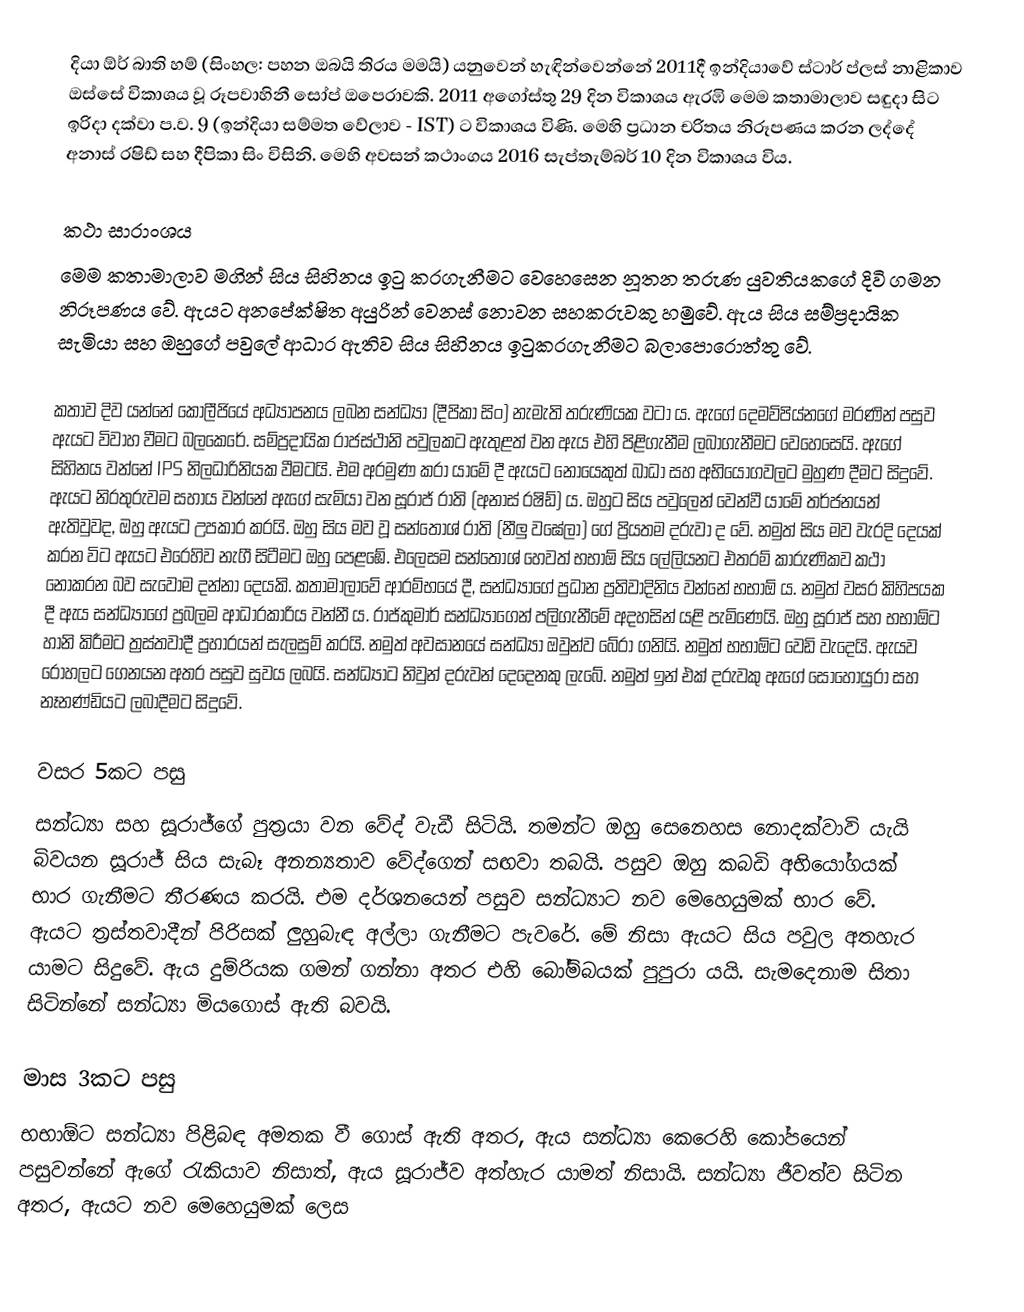
දියා ඕර් බාති හම් (සිංහල: පහන ඔබයි තිරය මමයි) යනුවෙන් හැඳින්වෙන්නේ 2011දී ඉන්දියාවේ ස්ටාර් ප්ලස් නාළිකාව ඔස්සේ විකාශය වූ රූපවාහිනී සෝප් ඔපෙරාවකි. 2011 අගෝස්තු 29 දින විකාශය ඇරඹි මෙම කතාමාලාව සඳුදා සිට ඉරිදා දක්වා ප.ව. 9 (ඉන්දියා සම්මත වේලාව - IST) ට විකාශය විණි. මෙහි ප්‍රධාන චරිතය නිරූපණය කරන ලද්දේ අනාස් රෂිඩ් සහ දීපිකා සිං විසිනි. මෙහි අවසන් කථාංගය 2016 සැප්තැම්බර් 10 දින විකාශය විය.

කථා සාරාංශය
මෙම කතාමාලාව මගින් සිය සිහිනය ඉටු කරගැනීමට වෙහෙසෙන නූතන තරුණ යුවතියකගේ දිවි ගමන නිරූපණය වේ. ඇයට අනපේක්ෂිත අයුරින් වෙනස් නොවන සහකරුවකු හමුවේ. ඇය සිය සම්ප්‍රදායික සැමියා සහ ඔහුගේ පවුලේ ආධාර ඇතිව සිය සිහිනය ඉටුකරගැනීමට බලාපොරොත්තු වේ.

කතාව දිව යන්නේ කොලීජියේ අධ්‍යාපනය ලබන සන්ධ්‍යා (දීපිකා සිං) නැමැති තරුණියක වටා ය. ඇගේ දෙමව්පිය්නගේ මරණින් පසුව ඇයට විවාහ වීමට බලකෙරේ. සම්ප්‍රදායික රාජස්ථානි පවුලකට ඇතුළත් වන ඇය එහි පිළිගැනීම ලබාගැනීමට වෙහෙසෙයි. ඇගේ සිහිනය වන්නේ IPS නිලධාරිනියක වීමටයි. එම අරමුණ කරා යාමේ දී ඇයට නොයෙකුත් බාධා සහ අභියෝගවලට මුහුණ දීමට සිදුවේ. ඇයට නිරතුරුවම සහාය වන්නේ ඇගේ සැමියා වන සූරාජ් රාති (අනාස් රෂිඩ්) ය. ඔහුට සිය පවුලෙන් වෙන්වී යාමේ තර්ජනයන් ඇතිවුවද, ඔහු ඇයට උපකාර කරයි. ඔහු සිය මව වූ සන්තෝශ් රාති (නීලු වඝේලා) ගේ ප්‍රියතම දරුවා ද වේ. නමුත් සිය මව වැරදි දෙයක් කරන විට ඇයට එරෙහිව නැගී සිටීමට ඔහු පෙළඹේ. එලෙසම සන්තෝශ් හෙවත් භභාඕ සිය ලේලියනට එතරම් කාරුණිකව කථා නොකරන බව සැවොම දන්නා දෙයකි. කතාමාලාවේ ආරම්භයේ දී, සන්ධ්‍යාගේ ප්‍රධාන ප්‍රතිවාදිනිය වන්නේ භභාඕ ය. නමුත් වසර කිහිපයක දී ඇය සන්ධ්‍යාගේ ප්‍රබලම ආධාරකාරිය වන්නී ය. රාජ්කුමාර් සන්ධ්‍යාගෙන් පලිගැනීමේ අදහසින් යළි පැමිණෙයි. ඔහු සූරාජ් සහ භභාඕට හානි කිරීමට ත්‍රස්තවාදී ප්‍රහාරයන් සැලසුම් කරයි. නමුත් අවසානයේ සන්ධ්‍යා ඔවුන්ව බේරා ගනියි. නමුත් භභාඕට වෙඩි වැදෙයි. ඇයව රෝහලට ගෙනයන අතර පසුව සුවය ලබයි. සන්ධ්‍යාට නිවුන් දරුවන් දෙදෙනකු ලැබේ. නමුත් ඉන් එක් දරුවකු ඇගේ සොහොයුරා සහ නෑනණ්ඩියට ලබාදීමට සිදුවේ.

වසර 5කට පසු
සන්ධ්‍යා සහ සූරාජ්ගේ පුත්‍රයා වන වේද් වැඩී සිටියි. තමන්ට ඔහු සෙනෙහස නොදක්වාවි යැයි බිවයන සූරාජ් සිය සැබෑ අනන්‍යතාව වේද්ගෙන් සඟවා තබයි. පසුව ඔහු කබඩි අභියෝගයක් භාර ගැනීමට තීරණය කරයි. එම දර්ශනයෙන් පසුව සන්ධ්‍යාට නව මෙහෙයුමක් භාර වේ. ඇයට ත්‍රස්තවාදීන් පිරිසක් ලුහුබැඳ අල්ලා ගැනීමට පැවරේ. මේ නිසා ඇයට සිය පවුල අතහැර යාමට සිදුවේ. ඇය දුම්රියක ගමන් ගන්නා අතර එහි බෝම්බයක් පුපුරා යයි. සැමදෙනාම සිතා සිටින්නේ සන්ධ්‍යා මියගොස් ඇති බවයි.

මාස 3කට පසු
භභාඕට සන්ධ්‍යා පිළිබඳ අමතක වී ගොස් ඇති අතර, ඇය සන්ධ්‍යා කෙරෙහි කෝපයෙන් පසුවන්නේ ඇගේ රැකියාව නිසාත්, ඇය සූරාජ්ව අත්හැර යාමත් නිසායි. සන්ධ්‍යා ජීවත්ව සිටින අතර, ඇයට නව මෙහෙයුමක් ලෙස